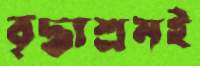
বৃদ্ধাশ্রমই